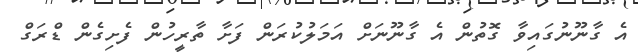
އެ ގާނޫނުގައިވާ ގޮތުން އެ ގާނޫނަށް އަމަލުކުރަން ފަށާ ތާރީހުން ފެށިގެން ޑްރަގް